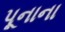
પૂનાના